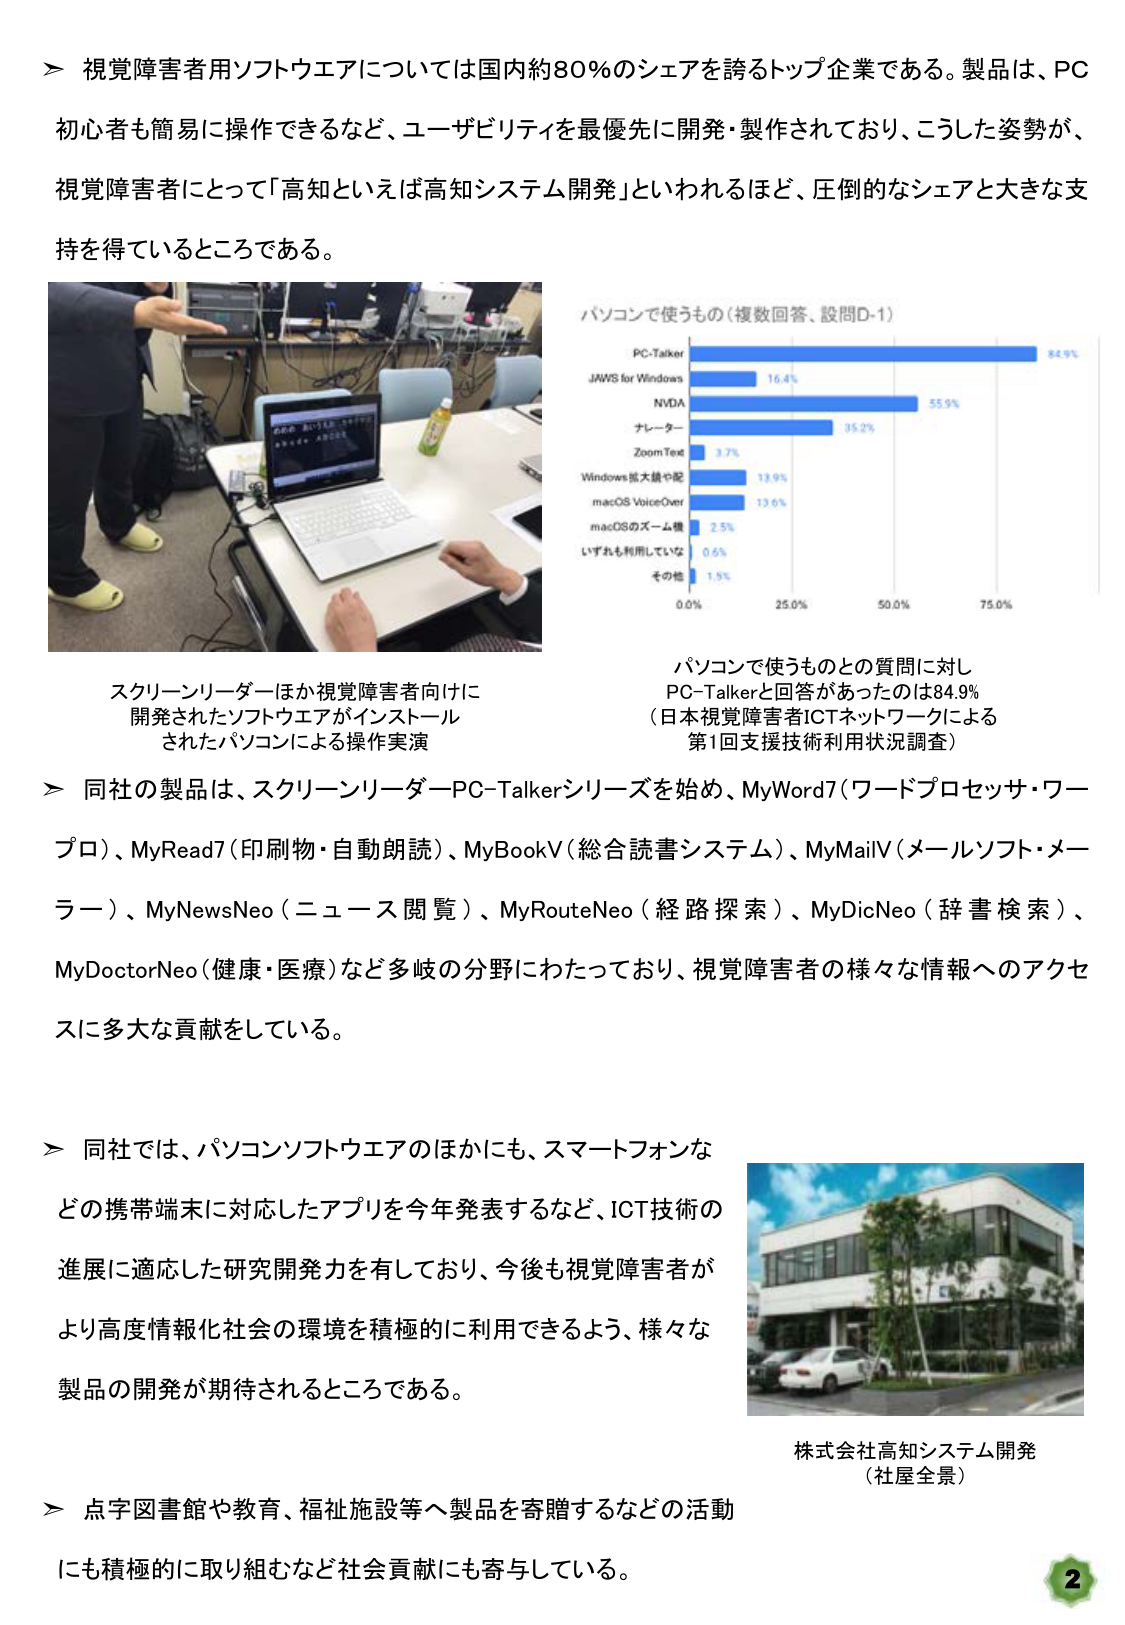
＞ 視覚障害者用ソフトウェアについては国内約80％のシェアを誇るトップ企業である。製品は、PC初心者も簡易に操作できるなど、ユーザビリティを最優先に開発・製作されており、こうした姿勢が、視覚障害者にとって「高知といえば高知システム開発」といわれるほど、圧倒的なシェアと大きな支持を得ているところである。

スクリーンリーダーほか視覚障害者向けに開発されたソフトウェアがインストールされたパソコンによる操作実演

パソコンで使うもの（複数回答、設問D-1）
PC-Talker 84.9%
JAWS for Windows 16.4%
NVDA 55.9%
ナレーター 35.2%
ZoomText 3.7%
Windows拡大鏡や配 13.9%
macOS VoiceOver 13.6%
macOSのズーム鏡 2.5%
いずれも利用していな 0.6%
その他 1.5%
0.0% 25.0% 50.0% 75.0%

パソコンで使うものとの質問に対し
PC-Talkerと回答があったのは84.9%
（日本視覚障害者ICTネットワークによる
第1回支援技術利用状況調査）

＞ 同社の製品は、スクリーンリーダーPC-Talkerシリーズを始め、MyWord7（ワードプロセッサ・ワープロ）、MyRead7（印刷物・自動朗読）、MyBookV（総合読書システム）、MyMailV（メールソフト・メール）、MyNewsNeo（ニュース閲覧）、MyRouteNeo（経路探索）、MyDicNeo（辞書検索）、MyDoctorNeo（健康・医療）など多岐の分野にわたっており、視覚障害者の様々な情報へのアクセスに多大な貢献をしている。

＞ 同社では、パソコンソフトウェアのほかにも、スマートフォンなどの携帯端末に対応したアプリを今年発表するなど、ICT技術の進展に適応した研究開発力を有しており、今後も視覚障害者がより高度情報化社会の環境を積極的に利用できるよう、様々な製品の開発が期待されるところである。

株式会社高知システム開発
（社屋全景）

＞ 点字図書館や教育、福祉施設等へ製品を寄贈するなどの活動にも積極的に取り組むなど社会貢献にも寄与している。

2